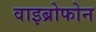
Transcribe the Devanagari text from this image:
वाइब्रोफोन